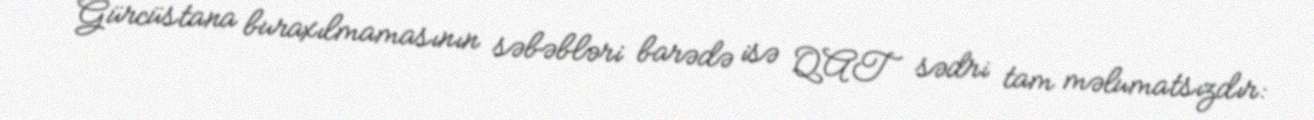
Gürcüstana buraxılmamasının səbəbləri barədə isə QAT sədri tam məlumatsızdır: